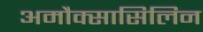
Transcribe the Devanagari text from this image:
अमौक्सासिलिन